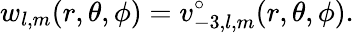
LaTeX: w_{l,m}(r,\theta,\phi)=v_{-3,l,m}^{\circ}(r,\theta,\phi).